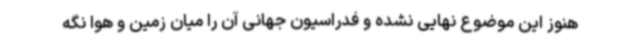
هنوز این موضوع نهایی نشده و فدراسیون جهانی آن را میان زمین و هوا نگه